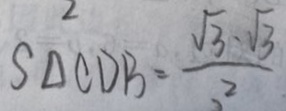
S _ { \Delta } C D B = \frac { \sqrt { 3 } - \sqrt { 3 } } { 2 }